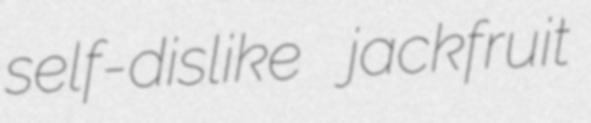
self-dislike jackfruit